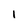
Character: 1